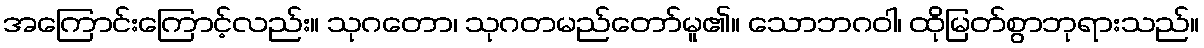
အကြောင်းကြောင့်လည်း။ သုဂတော၊ သုဂတမည်တော်မူ၏။ သောဘဂဝါ၊ ထိုမြတ်စွာဘုရားသည်။